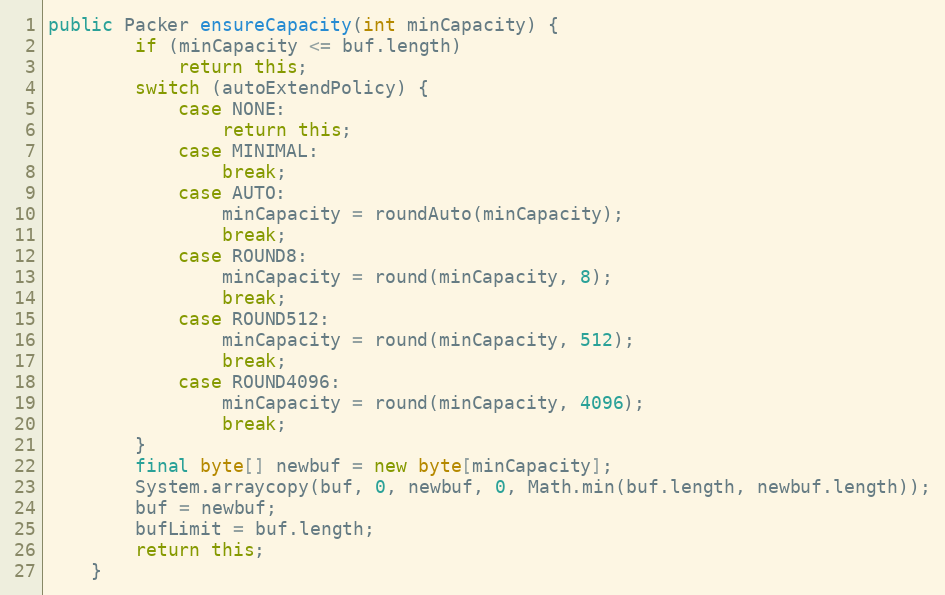
Language: Java
public Packer ensureCapacity(int minCapacity) {
		if (minCapacity <= buf.length)
			return this;
		switch (autoExtendPolicy) {
			case NONE:
				return this;
			case MINIMAL:
				break;
			case AUTO:
				minCapacity = roundAuto(minCapacity);
				break;
			case ROUND8:
				minCapacity = round(minCapacity, 8);
				break;
			case ROUND512:
				minCapacity = round(minCapacity, 512);
				break;
			case ROUND4096:
				minCapacity = round(minCapacity, 4096);
				break;
		}
		final byte[] newbuf = new byte[minCapacity];
		System.arraycopy(buf, 0, newbuf, 0, Math.min(buf.length, newbuf.length));
		buf = newbuf;
		bufLimit = buf.length;
		return this;
	}